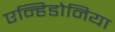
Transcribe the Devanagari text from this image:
एन्हिडोनिया